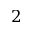
2